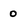
Character: 0